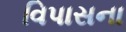
વિપાસના